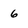
Character: 6